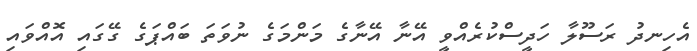
އެހިނދު ރަސޫލާ ހަދީސްކުރެއްވީ އޭނާ އޭނާގެ މަންމަގެ ނުވަތަ ބައްޕަގެ ގޭގައި އޮއްވައި